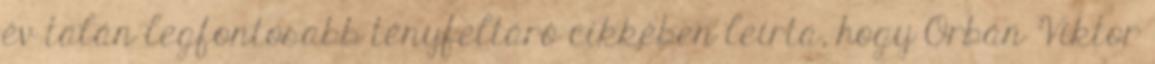
év talán legfontosabb tényfeltáró cikkében leírta, hogy Orbán Viktor